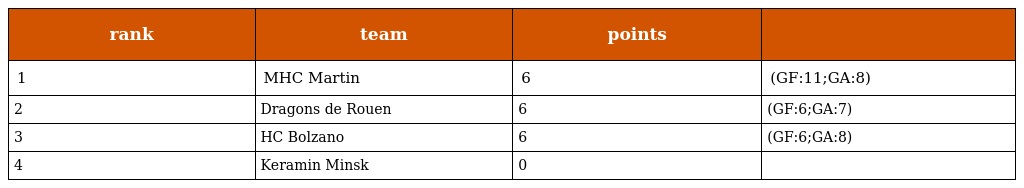
| rank | team | points |  |
 | --- | --- | --- | --- |
 | 1 | MHC Martin | 6 | (GF:11;GA:8) |
 | 2 | Dragons de Rouen | 6 | (GF:6;GA:7) |
 | 3 | HC Bolzano | 6 | (GF:6;GA:8) |
 | 4 | Keramin Minsk | 0 |  |